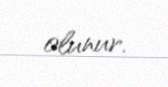
olunur.